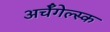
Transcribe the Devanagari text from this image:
अर्चँगेल्स्क